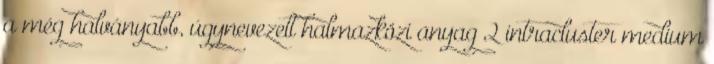
a még halványabb, úgynevezett halmazközi anyag 2 intracluster medium